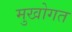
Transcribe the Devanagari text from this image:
मुखोगत